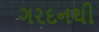
ગરદનથી